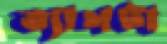
ত্যাগটা